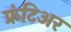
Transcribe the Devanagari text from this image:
फ्रंटिअर